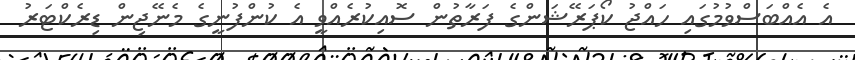
އެ އެއްބަސްވުމުގައި ހައްޖު ކޯޕަރޭޝަންގެ ފަރާތުން ސޮއިކުރެއްވީ އެ ކުންފުނީގެ މެނޭޖިން ޑިރެކްޓަރު